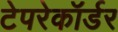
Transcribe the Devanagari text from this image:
टेपरेकॉर्डर